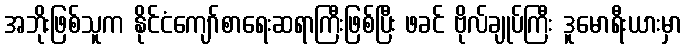
အဘိုးဖြစ်သူက နိုင်ငံကျော်စာရေးဆရာကြီးဖြစ်ပြီး ဖခင် ဗိုလ်ချုပ်ကြီး ဒူမောရီးယားမှာ